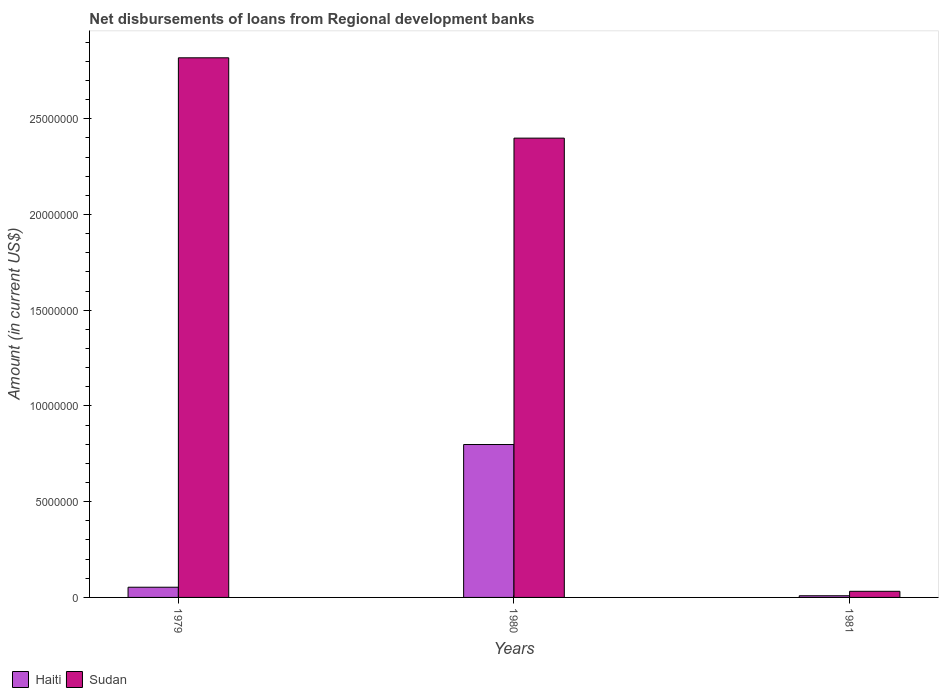
| Years | Haiti | Sudan |
 | --- | --- | --- |
 | 1979 | 5.33e+05 | 2.82e+07 |
 | 1980 | 7.99e+06 | 2.4e+07 |
 | 1981 | 8.7e+04 | 3.2e+05 |